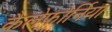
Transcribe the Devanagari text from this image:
कैलेफोर्निया